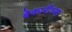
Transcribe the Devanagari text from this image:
बेकारीच्या